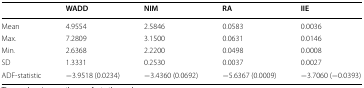
|  | WADD | NIM | RA | IIE |
 | --- | --- | --- | --- | --- |
 | Mean | 4.9554 | 2.5846 | 0.0583 | 0.0036 |
 | Max. | 7.2809 | 3.1500 | 0.0631 | 0.0146 |
 | Min. | 2.6368 | 2.2200 | 0.0498 | 0.0008 |
 | SD | 1.3331 | 0.2530 | 0.0037 | 0.0027 |
 | ADF-statistic | −3.9518 (0.0234) | −3.4360 (0.0692) | −5.6367 (0.0009) | −3.7060 (−0.0393) |